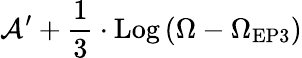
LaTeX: \mathcal{A}^{\prime}+\frac{{1}}{{3}}\cdot\textrm{{Log}}\left(\Omega-\Omega_{\mathrm{{{EP3}}}}\right)